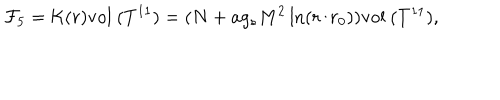
LaTeX: { \cal F } _ { 5 } = { \cal K } ( r ) \mathrm { v o l ~ } ( T ^ { 1 1 } ) = ( N + a g _ { s } M ^ { 2 } \ln ( r / r _ { 0 } ) ) \mathrm { v o l ~ } ( T ^ { 1 1 } ) ,